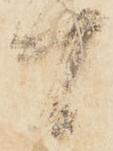
間